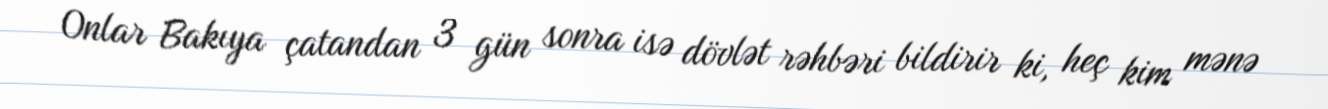
Onlar Bakıya çatandan 3 gün sonra isə dövlət rəhbəri bildirir ki, heç kim mənə